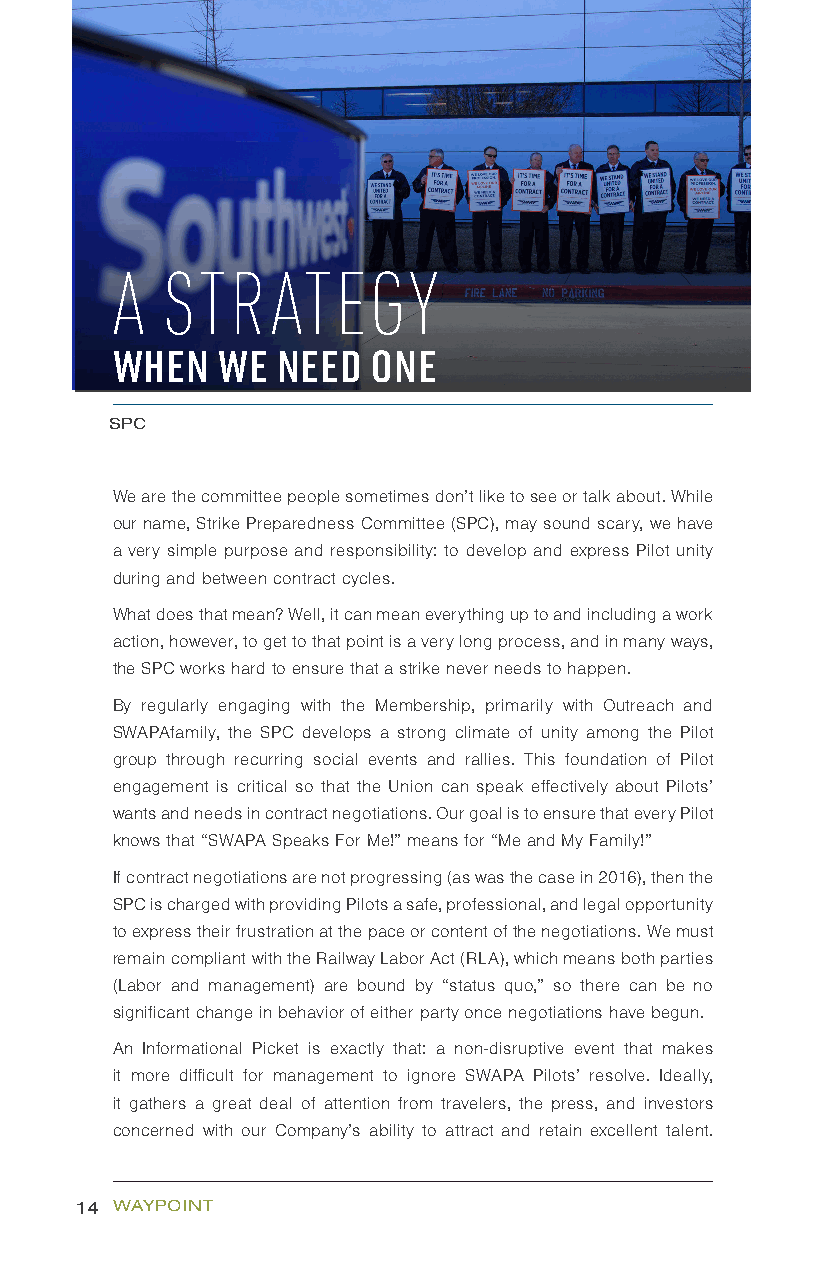
A   STRATEGY
 WHEN   WE  NEED   ONE
 SPC
 We are the committee people sometimes don’t like to see or talk about. While
 our name, Strike Preparedness Committee (SPC), may sound scary, we have
 a very simple purpose and responsibility: to develop and express Pilot unity
 during and between contract cycles.
 What does that mean? Well, it can mean everything up to and including a work
 action, however, to get to that point is a very long process, and in many ways,
 the SPC works hard to ensure that a strike never needs to happen.
 By regularly engaging with the Membership, primarily with Outreach and
 SWAPAfamily, the SPC develops a strong climate of unity among the Pilot
 group through recurring social events and rallies. This foundation of Pilot
 engagement is critical so that the Union can speak effectively about Pilots’
 wants and needs in contract negotiations. Our goal is to ensure that every Pilot
 knows that “SWAPA Speaks For Me!” means for “Me and My Family!”
 If contract negotiations are not progressing (as was the case in 2016), then the
 SPC is charged with providing Pilots a safe, professional, and legal opportunity
 to express their frustration at the pace or content of the negotiations. We must
 remain compliant with the Railway Labor Act (RLA), which means both parties
 (Labor and management) are bound by “status quo,” so there can be no
 significant change in behavior of either party once negotiations have begun.
 An Informational Picket is exactly that: a non-disruptive event that makes
 it more difficult for management to ignore SWAPA Pilots’ resolve. Ideally,
 it gathers a great deal of attention from travelers, the press, and investors
 concerned with our Company’s ability to attract and retain excellent talent.
 14 WAYPOINT